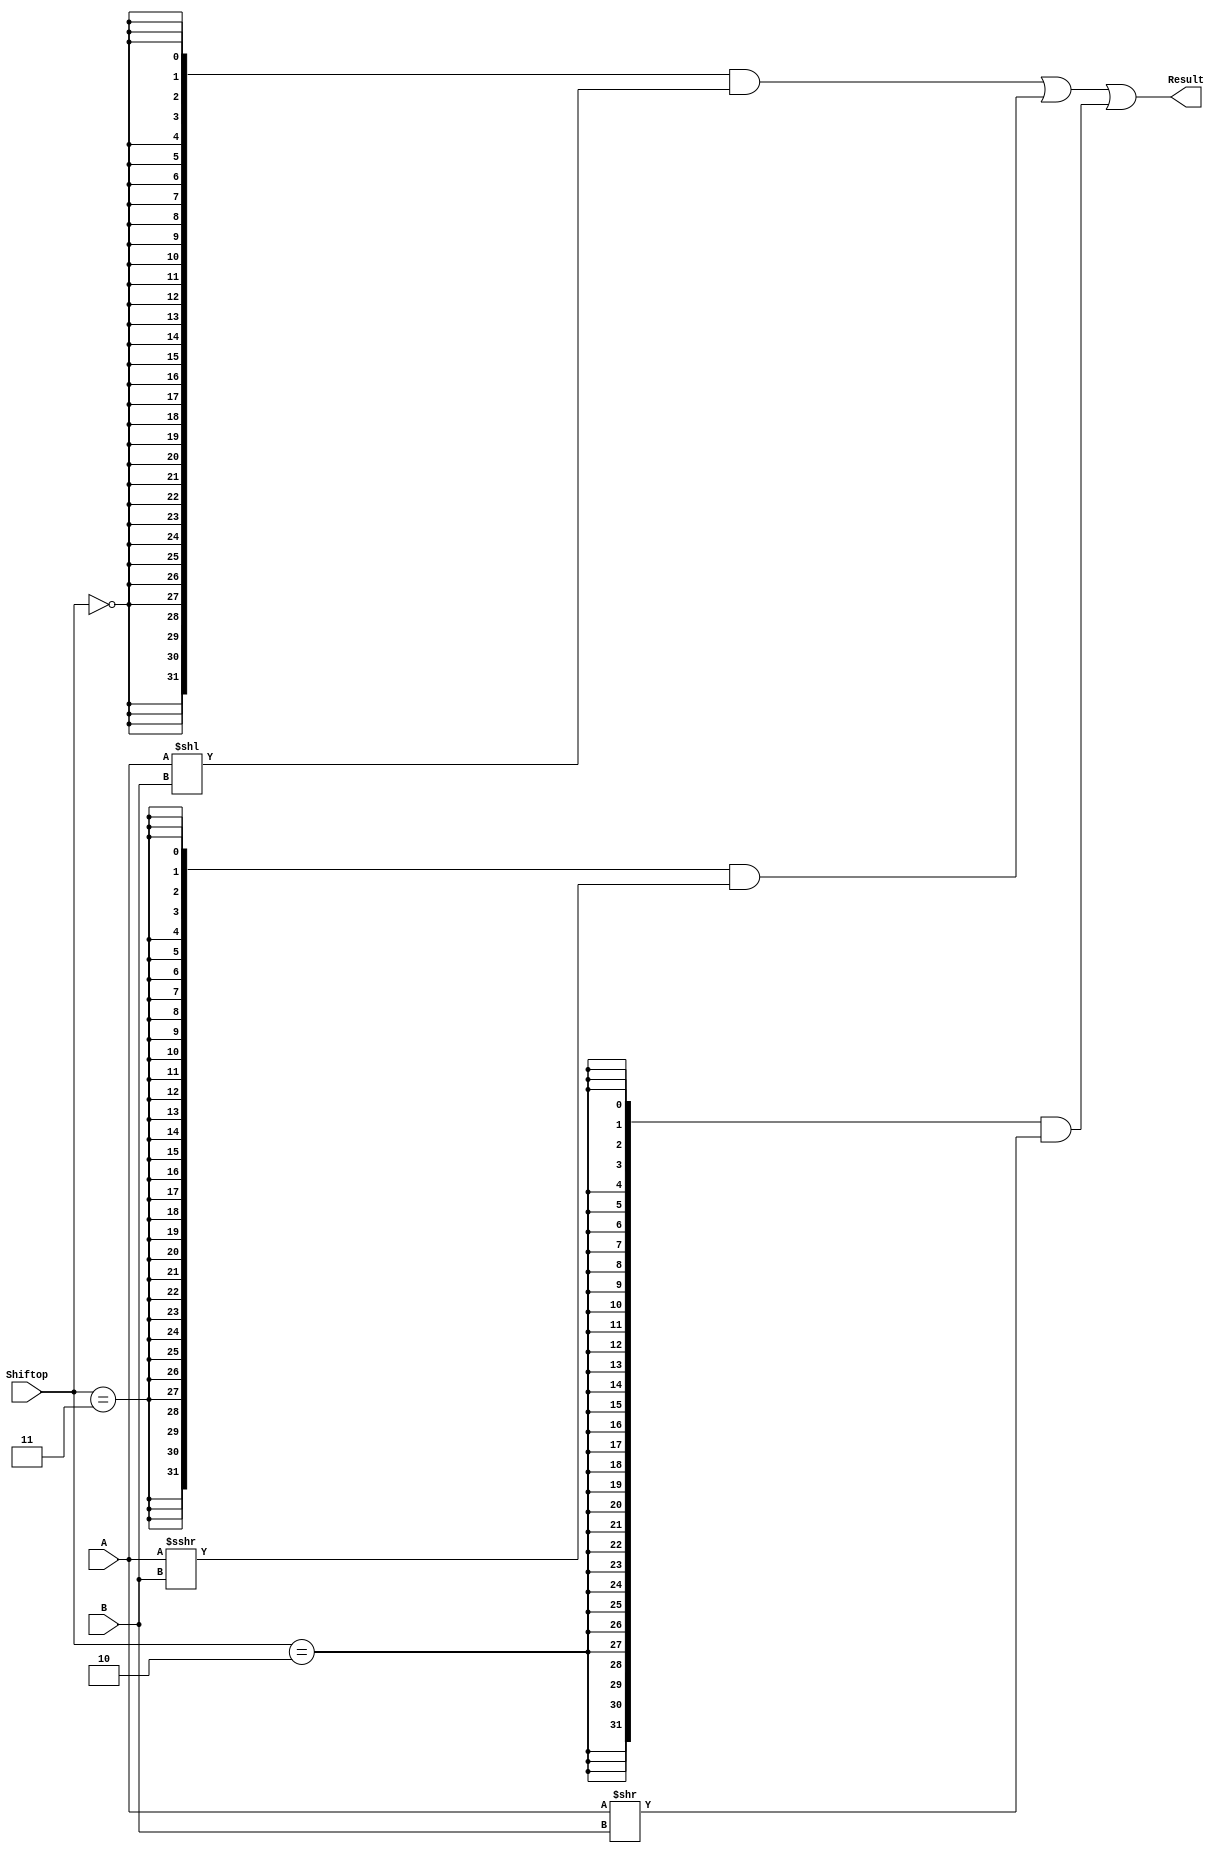
`timescale 10 ns / 1 ns

`define DATA_WIDTH 32

module shifter (
	input  [`DATA_WIDTH - 1:0] A,
	input  [              4:0] B,
	input  [              1:0] Shiftop,
	output [`DATA_WIDTH - 1:0] Result
);
	// TODO: Please add your logic code here
	wire LS,ARS,LRS;				//
	wire signed [`DATA_WIDTH - 1:0] arithmetic_shift;	//
	assign arithmetic_shift[31:0] = A;
	assign LS = (Shiftop == 2'b00);
	assign ARS = (Shiftop == 2'b11);
	assign LRS = (Shiftop == 2'b10);
	assign Result = ({32{LS}} & A << B) |
		      	({32{ARS}} & $signed(arithmetic_shift >>> B)) |
		      	({32{LRS}} & A >> B);

endmodule